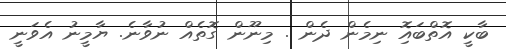
ބާކީ އޮތްބައޮި ނިމެން ދެން . މިނޫން ގޮތެއް ނުވާނެ. ޔާމީނު އެވަނީ